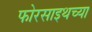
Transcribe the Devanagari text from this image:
फोरसाइथच्या